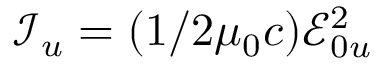
\mathcal { I } _ { u } = ( 1 / 2 \mu _ { 0 } c ) \mathcal { E } _ { 0 u } ^ { 2 }